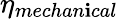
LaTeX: \eta_{mechan\mathbf{i}cal}